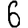
Digit: 6